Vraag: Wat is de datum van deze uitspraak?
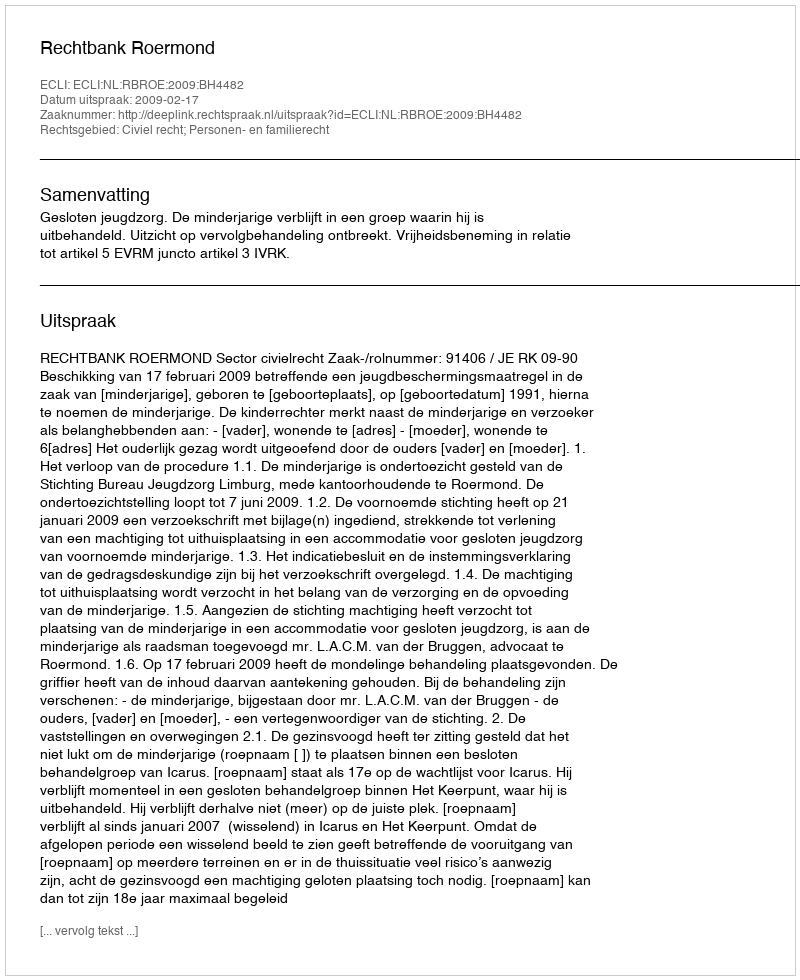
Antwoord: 2009-02-17